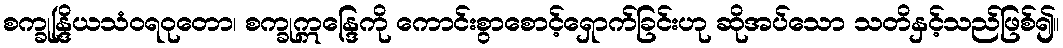
စက္ခုန္ဒြိယသံဝရဝုတော၊ စက္ခုဣန္ဒြေကို ကောင်းစွာစောင့်ရှောက်ခြင်းဟု ဆိုအပ်သော သတိနှင့်သည်ဖြစ်၍။